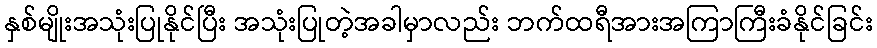
နှစ်မျိုးအသုံးပြုနိုင်ပြီး အသုံးပြုတဲ့အခါမှာလည်း ဘက်ထရီအားအကြာကြီးခံနိုင်ခြင်း